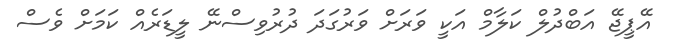
އޭޕީޖޭ އަބްދުލް ކަލާމް އަކީ ވަރަށް ވަރުގަދަ ދުރުވިސްނޭ ލީޑަރެއް ކަމަށް ވެސް